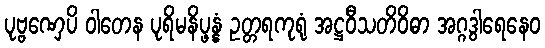
ပုဗ္ဗဏှေပိ ဝါတေန ပုရိမနိပ္ဖန္နံ ဥတ္တရကုရုံ အဋ္ဌဝီသတိဝိဓာ အဂ္ဂဒွါရေနေဝ